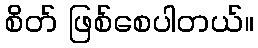
စိတ် ဖြစ်စေပါတယ်။